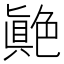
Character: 𦫭